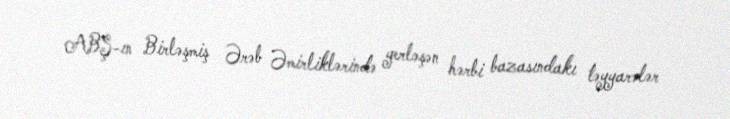
ABŞ-ın Birləşmiş Ərəb Əmirliklərində yerləşən hərbi bazasındakı təyyarələr